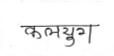
मजकूर: कलयुग